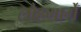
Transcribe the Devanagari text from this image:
लोहमार्गे